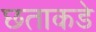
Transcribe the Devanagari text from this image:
छताकडे